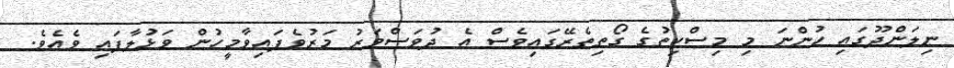
ނިލަންދޫގައި ހުންނަ މި މިސްކިތުގެ ގޯތިތެރޭގައިވެސް އެ ދުވަސްވަރު މަރުވެފައިވާމީހުން ވަޅުލާފައި ވެއެވެ.